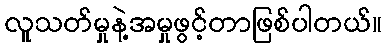
လူသတ်မှုနဲ့အမှုဖွင့်တာဖြစ်ပါတယ်။